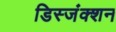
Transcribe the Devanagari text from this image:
डिस्जंक्शन